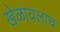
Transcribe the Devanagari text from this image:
खेळायलाच